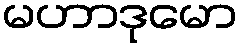
မဟာဒုမော